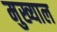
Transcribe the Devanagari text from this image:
मुख्याल